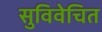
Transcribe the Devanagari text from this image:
सुविवेचित